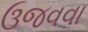
ઉજવવા